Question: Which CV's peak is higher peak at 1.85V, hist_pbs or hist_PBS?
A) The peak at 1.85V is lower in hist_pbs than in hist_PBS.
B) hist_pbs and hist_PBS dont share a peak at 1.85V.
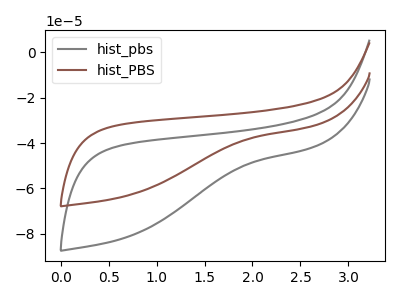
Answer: <think>The gray curve "hist_pbs" has no peaks. The brown curve "hist_PBS" has no peaks.</think>
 <answer>B) "hist_pbs" and "hist_PBS" dont share a peak at 1.85V.</answer>
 <eval>B</eval>